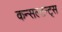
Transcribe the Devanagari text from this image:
कन्सल्टन्ट्स